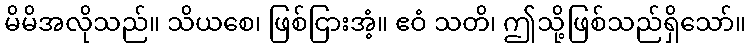
မိမိအလိုသည်။ သိယစေ၊ ဖြစ်ငြားအံ့။ ဧဝံ သတိ၊ ဤသို့ဖြစ်သည်ရှိသော်။